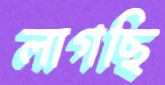
লাগছি